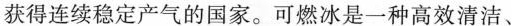
获得连续稳定产气的国家。可燃冰是一种高效清洁、